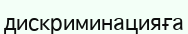
дискриминацияға